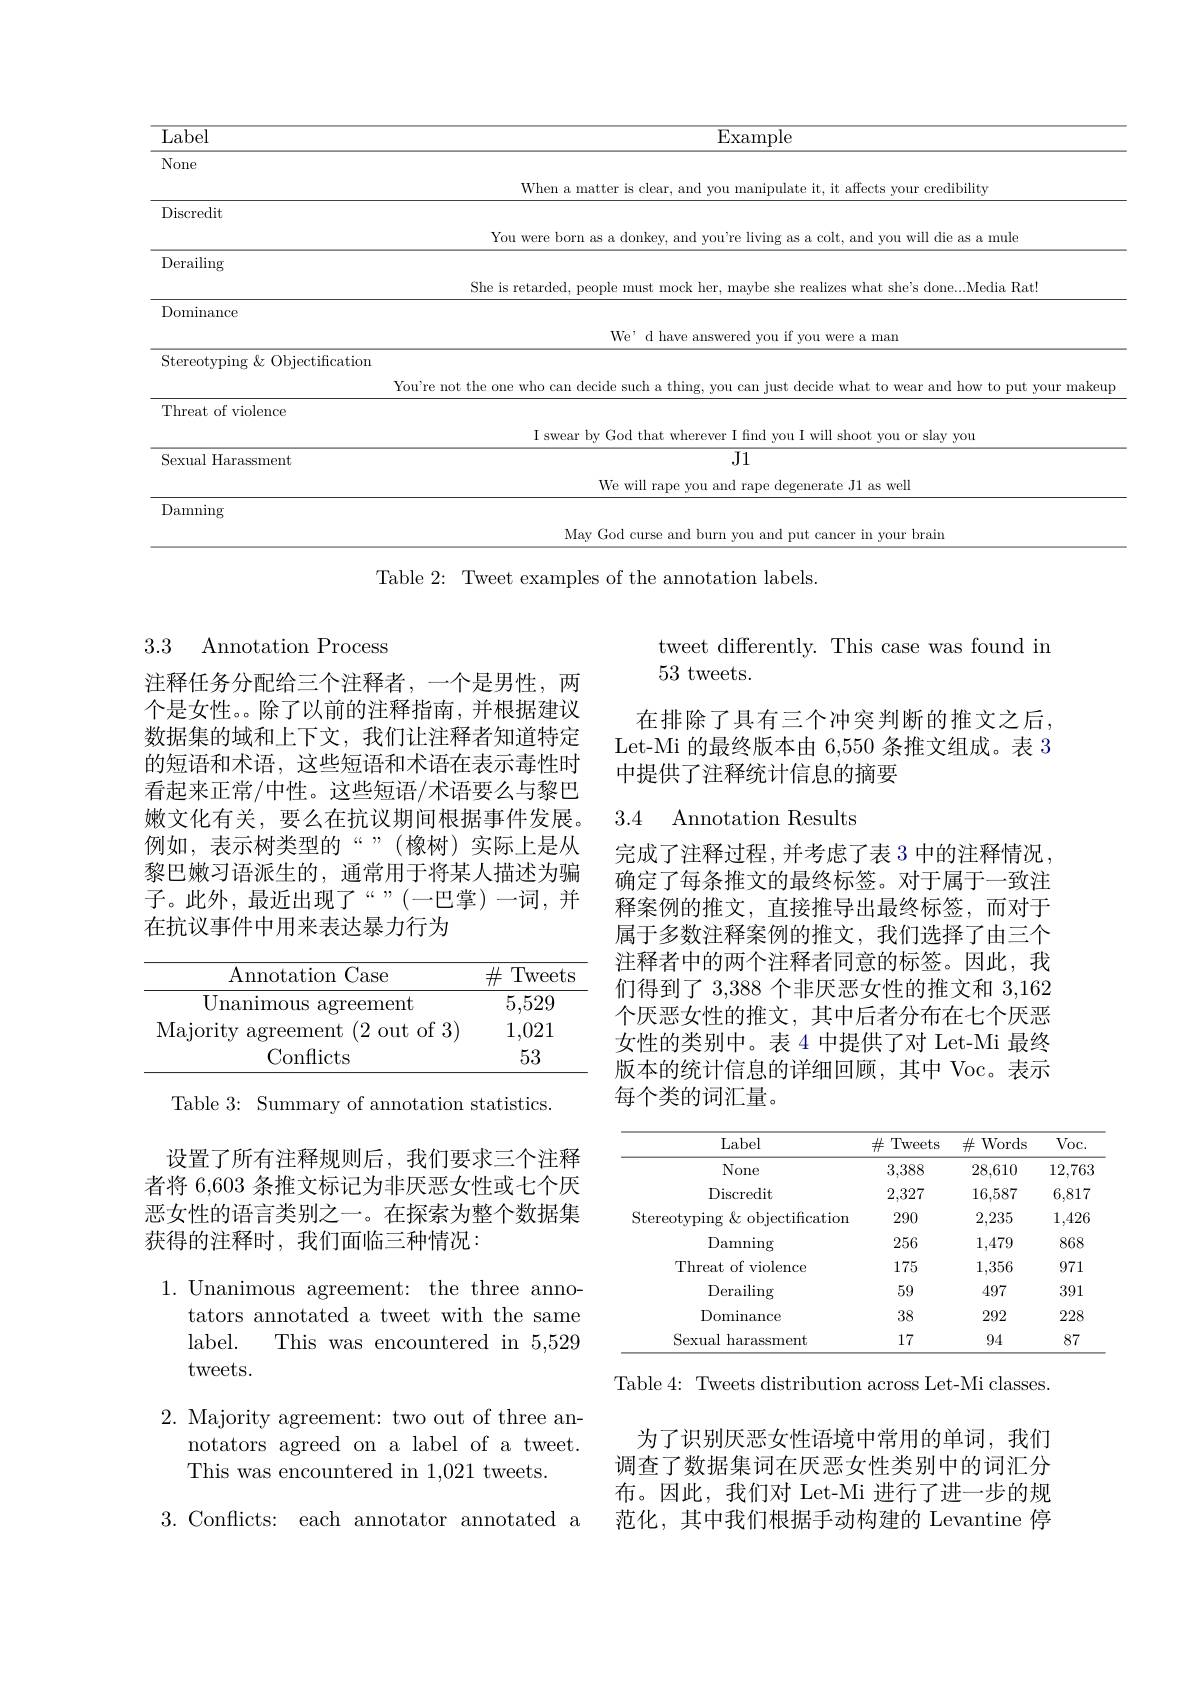
<table>
	<tbody>
		<tr>
			<th>Label</th>
			<th>$\operatorname{Example}$</th>
		</tr>
		<tr>
			<td>None</td>
			<td>When a matter is clear, and you manipulate it, it affects your credibility</td>
		</tr>
		<tr>
			<td>Discredit</td>
			<td>You were born as a donkev. and vou're living as a colt, and vou will die as a mule</td>
		</tr>
		<tr>
			<td>Derailing</td>
			<td>She is ledia Ratl</td>
		</tr>
		<tr>
			<td>Dominance</td>
			<td> </td>
		</tr>
		<tr>
			<td>$Y$</td>
			<td>You're not the or ur makeup</td>
		</tr>
		<tr>
			<td>Threat of violence</td>
			<td> </td>
		</tr>
		<tr>
			<td>$a$ $\mathbf{H}.$ nr m sment</td>
			<td> </td>
		</tr>
		<tr>
			<td> </td>
			<td>We will rape you and rape degenerate J1 as well</td>
		</tr>
		<tr>
			<td>Damning</td>
			<td>M</td>
		</tr>
		<tr>
			<td> </td>
			<td>Maw G vour brair</td>
		</tr>
	</tbody>
</table>
Table 2: Tweet examples of the annotation labels.

### 3.3 Annotation Process

注释任务分配给三个注释者，一个是男性，两个是女性。。除了以前的注释指南，并根据建议数据集的域和上下文，我们让注释者知道特定的短语和术语，这些短语和术语在表示毒性时看起来正常/中性。这些短语/术语要么与黎巴嫩文化有关，要么在抗议期间根据事件发展。例如，表示树类型的“”(橡树)实际上是从黎巴嫩习语派生的，通常用于将某人描述为骗子。此外，最近出现了“”(一巴掌)一词，并在抗议事件中用来表达暴力行为

<table>
	<tbody>
		<tr>
			<th>Annotation Case 1</th>
			<th>$\#$ $Tr$ Weets : -</th>
		</tr>
		<tr>
			<td>Unanimous agreement</td>
			<td>5,529</td>
		</tr>
		<tr>
			<td>Majority agreement $\textbf{t}( 2$out of 3)</td>
			<td>1,021</td>
		</tr>
		<tr>
			<td>Conflicts</td>
			<td>53</td>
		</tr>
	</tbody>
</table>

Table 3: Summary of annotation statistics.

设置了所有注释规则后，我们要求三个注释者将 6,603 条推文标记为非厌恶女性或七个厌恶女性的语言类别之一。在探索为整个数据集获得的注释时，我们面临三种情况：

1. Unanimous agreement: the three anno-
tators annotated a tweet with the same
$label.$
This was encountered in 5,529
tweets.

2. Majority agreement: two out of three an-
notators agreed on a label of a tweet.
This was encountered in 1,021 tweets.

3. Conflicts: each annotator annotated a

tweet differently. This case was found in
53 tweets.

在排除了具有三个冲突判断的推文之后， Let-Mi 的最终版本由 6,550 条推文组成。表 3中提供了注释统计信息的摘要

### 3.4 Annotation Results

完成了注释过程，并考虑了表 3 中的注释情况， 确定了每条推文的最终标签。对于属于一致注释案例的推文，直接推导出最终标签，而对于属于多数注释案例的推文，我们选择了由三个注释者中的两个注释者同意的标签。因此，我们得到了 3,388 个非厌恶女性的推文和3，162个厌恶女性的推文，其中后者分布在七个厌恶女性的类别中。表 4 中提供了对 Let-Mi 最终版本的统计信息的详细回顾，其中 Voc。表示每个类的词汇量。

<table>
	<tbody>
		<tr>
			<th>Label</th>
			<th>$\#$Tweets</th>
			<th>$\#$Words</th>
			<th>$Voc.$</th>
		</tr>
		<tr>
			<td>None</td>
			<td>3,388</td>
			<td>28,610</td>
			<td>12,763</td>
		</tr>
		<tr>
			<td>Discredit</td>
			<td>2,327</td>
			<td>16,587</td>
			<td>6,817</td>
		</tr>
		<tr>
			<td>Stereotyping $\&$ objectification</td>
			<td>290</td>
			<td>2,235</td>
			<td>1,426</td>
		</tr>
		<tr>
			<td>Damning</td>
			<td>256</td>
			<td>1,479</td>
			<td>868</td>
		</tr>
		<tr>
			<td>Threat of violence</td>
			<td>175</td>
			<td>1,356</td>
			<td>971</td>
		</tr>
		<tr>
			<td>Derailing</td>
			<td>59</td>
			<td>497</td>
			<td>391</td>
		</tr>
		<tr>
			<td>Dominance</td>
			<td>38</td>
			<td>292</td>
			<td>228</td>
		</tr>
		<tr>
			<td>Sexual harassment</td>
			<td>17</td>
			<td>94</td>
			<td>87</td>
		</tr>
	</tbody>
</table>

Table 4: Tweets distribution across Let-Mi classes.

为了识别厌恶女性语境中常用的单词，我们调查了数据集词在厌恶女性类别中的词汇分布。因此，我们对 Let-Mi 进行了进一步的规范化，其中我们根据手动构建的 Levantine 停